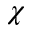
\chi